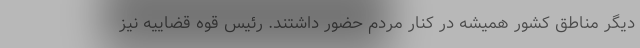
دیگر مناطق کشور همیشه در کنار مردم حضور داشتند. رئیس قوه قضاییه نیز